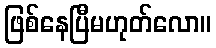
ဖြစ်နေပြီမဟုတ်လော။